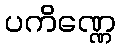
ပကိဏ္ဏေ